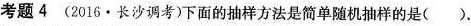
考题4 (2016·长沙调考)下面的抽样方法是简单随机抽样的是( ).